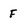
Character: F